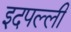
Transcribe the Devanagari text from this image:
इदपल्ली